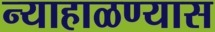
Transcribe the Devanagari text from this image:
न्याहाळण्यास